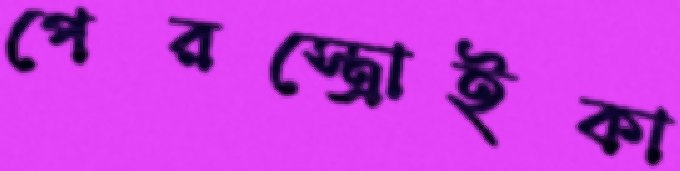
পেরস্ত্রোইকা